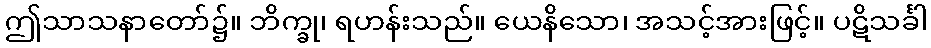
ဤသာသနာတော်၌။ ဘိက္ခု၊ ရဟန်းသည်။ ယေနိသော၊ အသင့်အားဖြင့်။ ပဋိသင်္ခါ